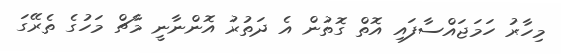
މިހާރު ހަމަޖައްސާފައި އޮތް ގޮތުން އެ ދަތުރު އޮންނާނީ މާޗް މަހުގެ ތެރޭގަ